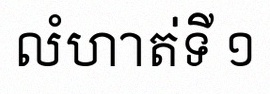
លំហាត់ទី ១